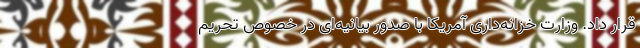
قرار داد. وزارت خزانه‌داری آمریکا با صدور بیانیه‌ای در خصوص تحریم